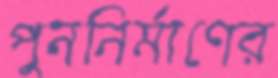
পুননির্মাণের